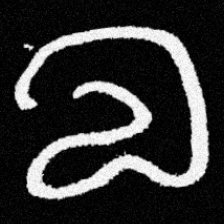
Pyu character \u2014 Myanmar letter: လ (romanized: la)